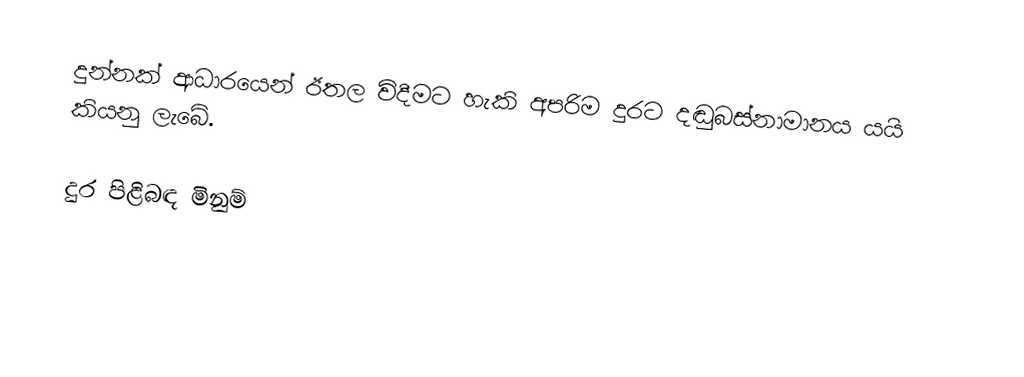
දුන්නක් ආධාරයෙන් ඊතල විදීමට හැකි අපරිම දුරට දඬුබස්නාමානය යයි කියනු ලැබේ.

දුර පිළිබඳ මිනුම්